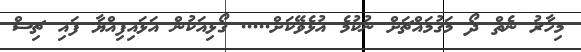
މިހާރު ނެތް ދޯ މަގުމަައްޗަށް ނުކުމެ އުޅެވޭކަށް..... ގޯޅިއަކުން އަޅައިފިއްޔާ ފައި ޗިސް